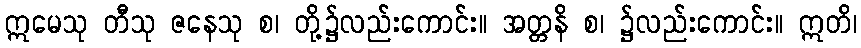
ဣမေသု တီသု ဇနေသု စ၊ တို့၌လည်းကောင်း။ အတ္တနိ စ၊ ၌လည်းကောင်း။ ဣတိ၊